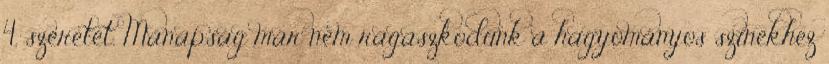
4. szeretet. Manapság már nem ragaszkodunk a hagyományos színekhez